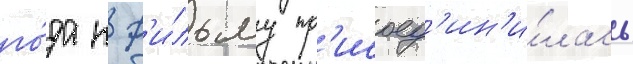
го́да к ф'и́льму пр'исоед'ин'и́лась